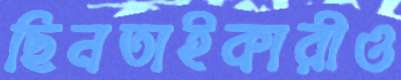
ছিনতাইকারীও